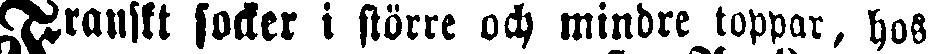
Franskt socker i större och mindre toppar, hos